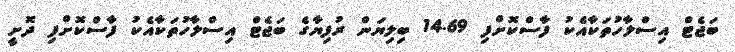
ބަޖެޓް އިސްލާހުތަކާއެކު ފާސްކޮށްފި 14.69 ބިލިޔަން ރުފިޔާގެ ބަޖެޓް އިސްލާހުތަކާއެކު ފާސްކޮށްފި ދޮށީ